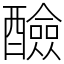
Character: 醶